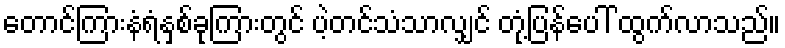
တောင်ကြားနံရံနှစ်ခုကြားတွင် ပဲ့တင်သံသာလျှင် တုံ့ပြန်ပေါ် ထွက်လာသည်။